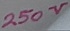
Text: 250V